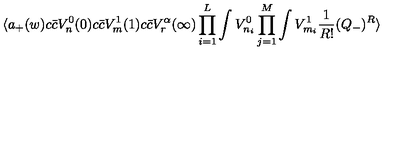
\langle a _ { + } ( w ) c { \bar { c } } V _ { n } ^ { 0 } ( 0 ) c { \bar { c } } V _ { m } ^ { 1 } ( 1 ) c { \bar { c } } V _ { r } ^ { \alpha } ( \infty ) \prod _ { i = 1 } ^ { L } \int V _ { n _ { i } } ^ { 0 } \prod _ { j = 1 } ^ { M } \int V _ { m _ { i } } ^ { 1 } { \frac { 1 } { R ! } } ( Q _ { - } ) ^ { R } \rangle